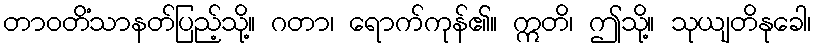
တာဝတိံသာနတ်ပြည့်သို့။ ဂတာ၊ ရောက်ကုန်၏။ ဣတိ၊ ဤသို့။ သုယျတိနုခေါ၊